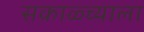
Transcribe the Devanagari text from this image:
सकाळ्च्याला